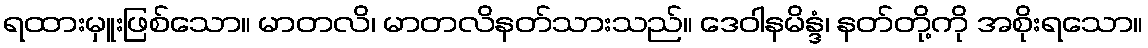
ရထားမှူးဖြစ်သော။ မာတလိ၊ မာတလိနတ်သားသည်။ ဒေဝါနမိန္ဒံ၊ နတ်တို့ကို အစိုးရသော။